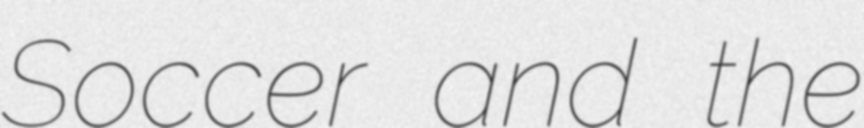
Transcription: Soccer and the